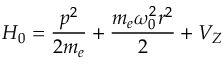
H _ { 0 } = \frac { p ^ { 2 } } { 2 m _ { e } } + \frac { m _ { e } \omega _ { 0 } ^ { 2 } r ^ { 2 } } { 2 } + V _ { Z }